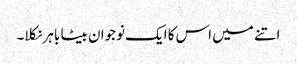
اتنے میں اس کا ایک نوجوان بیٹا باہر نکلا۔